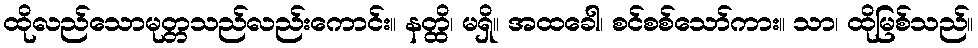
ထိုလည်သောမုတ္တသည်လည်းကောင်း။ နတ္ထိ၊ မရှိ။ အထခေါ၊ စင်စစ်သော်ကား။ သာ၊ ထိုမြစ်သည်။